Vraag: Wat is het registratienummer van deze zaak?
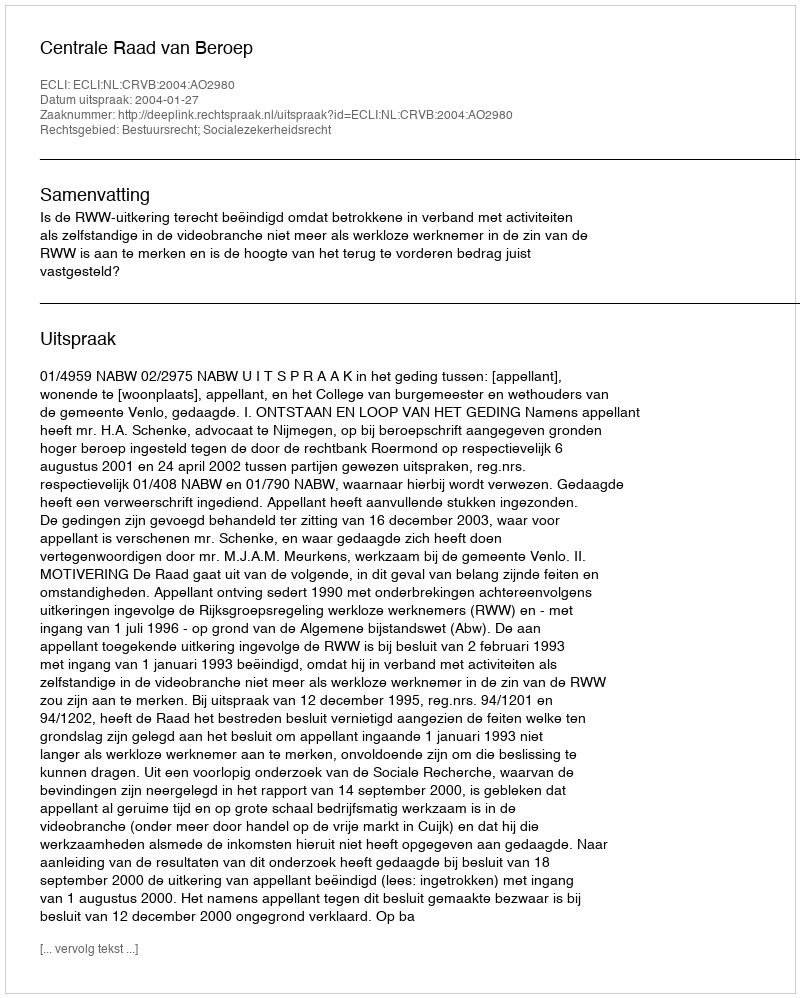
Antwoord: http://deeplink.rechtspraak.nl/uitspraak?id=ECLI:NL:CRVB:2004:AO2980